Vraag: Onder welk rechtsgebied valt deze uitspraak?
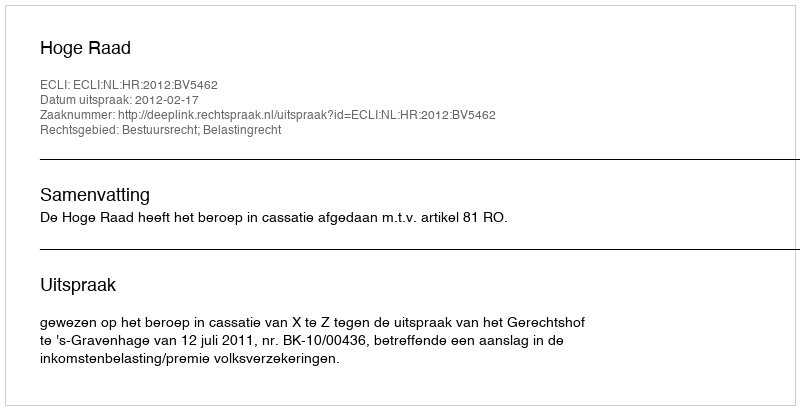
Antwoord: Bestuursrecht; Belastingrecht